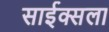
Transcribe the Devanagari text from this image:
साईक्सला